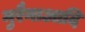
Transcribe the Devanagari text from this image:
मुरैनाआदि